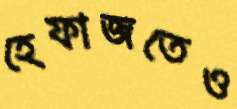
হেফাজতেও